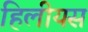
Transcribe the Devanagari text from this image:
हिलीयस